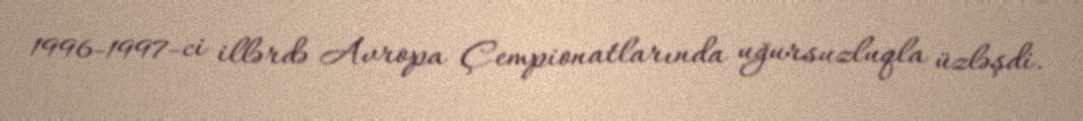
1996-1997-ci illərdə Avropa Çempionatlarında uğursuzluqla üzləşdi.